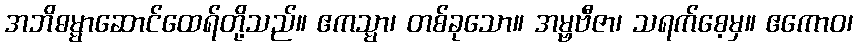
အဘိဓမ္မာဆောင်ထေရ်တို့သည်။ ဧကသ္မာ၊ တစ်ခုသော။ အမ္ဗဗီဇာ၊ သရက်စေ့မှ။ ဧကောဝ၊